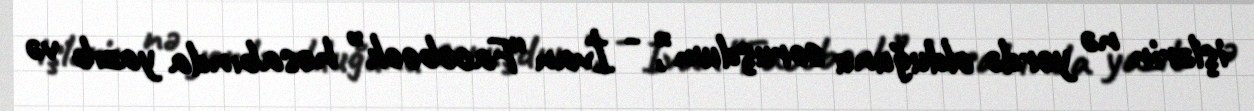
işlərin nə yerdə olduğunu soruşdum”, - İvan “Facebook” hesabında yazıb və